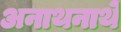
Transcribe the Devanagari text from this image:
अनाथनाथे